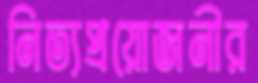
নিত্যপ্রয়োজনীর